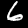
Digit: 6